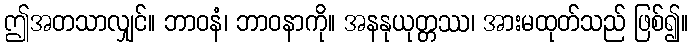
ဤအတသာလျှင်။ ဘာဝနံ၊ ဘာဝနာကို။ အနနုယုတ္တဿ၊ အားမထုတ်သည် ဖြစ်၍။